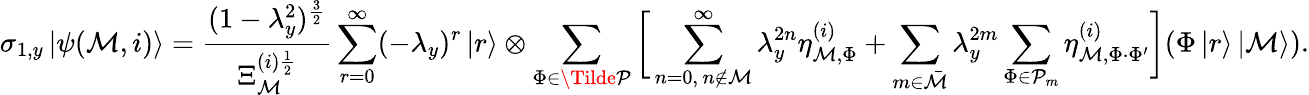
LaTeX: \sigma_{1,y}\left|\psi(\mathcal{M},i)\right>=\frac{(1-\lambda_{y}^{2})^{\frac{3}{2}}}{\Xi_{\mathcal{M}}^{(i)\frac{1}{2}}}\sum_{r=0}^{\infty}(-\lambda_{y})^{r}\left|r\right>\otimes\sum_{\Phi\in\Tilde{\mathcal{P}}}\bigg[\sum_{\substack{n=0,\, n\notin\mathcal{M}}}^{\infty}\lambda_{y}^{2n}\eta_{\mathcal{M},\Phi}^{(i)}+\sum_{m\in\bar{\mathcal{M}}}\lambda_{y}^{2m}\sum_{\Phi\in\mathcal{P}_{m}}\eta_{\mathcal{M},\Phi\cdot\Phi^{\prime}}^{(i)}\bigg](\Phi\left|r\right>\left|\mathcal{M}\right>).